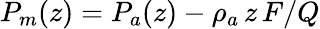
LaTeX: P_{m}(z)=P_{a}(z)-\rho_{a}\, z\, F/Q